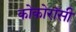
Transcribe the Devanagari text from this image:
कोकोरॉसी